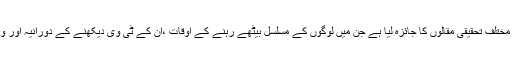
اس نئی تحقیق میں ماہرین نے 13 مختلف تحقیقی مقالوں کا جائزہ لیا ہے جن میں لوگوں کے مسلسل بیٹھے رہنے کے اوقات ،ان کے ٹی وی دیکھنے کے دورانیہ اور ورزش کی عادت کا ڈیٹا موجود تھا۔